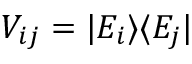
V _ { i j } = \vert E _ { i } \rangle \langle E _ { j } \vert